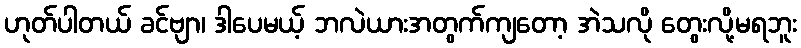
ဟုတ်ပါတယ် ခင်ဗျာ၊ ဒါပေမယ့် ဘလဲယားအတွက်ကျတော့ အဲသလို တွေးလို့မရဘူး